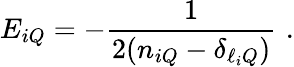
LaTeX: E_{iQ}=-\frac{1}{2(n_{iQ}-\delta_{\ell_{i}Q})}\, \, .